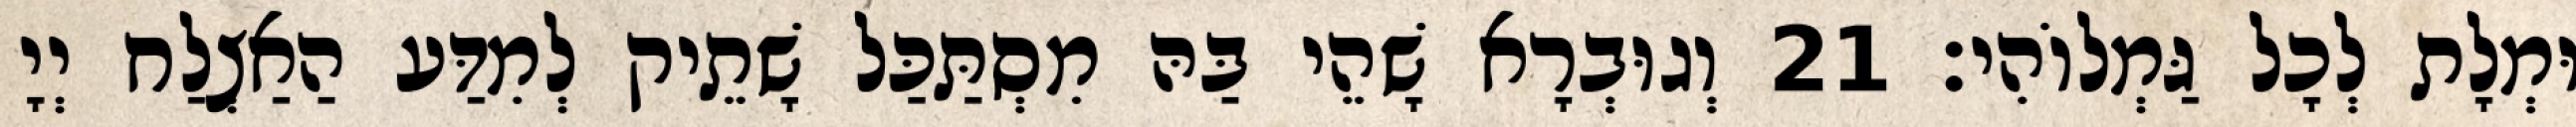
וּמְלָת לְכָל גַּמְלוֹהִי׃ 21 וְגוּבְרָא שָׁהֵי בַּהּ מִסְתַּכַּל שָׁתֵיק לְמִדַּע הַאַצְלַח יְיָ